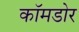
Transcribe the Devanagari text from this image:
कॉमडोर